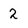
Character: 2